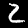
Digit: 2